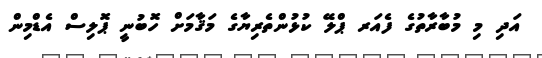
އަދި މި މުބާރާތުގެ ފެއަރ ޕްލޭ ކުޅުންތެރިޔާގެ މަޤާމަށް ހޮބުނީ ޕޮލިސް އެޑްމިިން